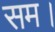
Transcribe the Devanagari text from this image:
सम।